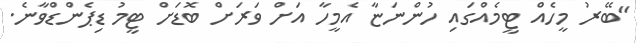
"ބޭރު މީހެއް ޓީމެއްގައި ހުންނަޏާ އެމީހާ އަށް ވަރަށް ބޮޑަށް ޓީމު ޑިޕެންޑްވާނެ.